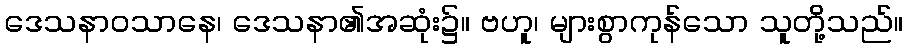
ဒေသနာဝသာနေ၊ ဒေသနာ၏အဆုံး၌။ ဗဟူ၊ များစွာကုန်သော သူတို့သည်။